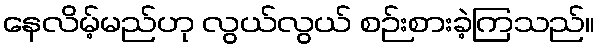
နေလိမ့်မည်ဟု လွယ်လွယ် စဉ်းစားခဲ့ကြသည်။